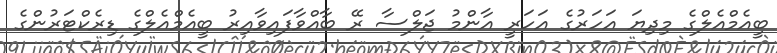
ބީއެމްއެލްގެ މިދިޔަ އަހަރުގެ އަހަރީ އާންމު ޖަލްސާ ރޭ ބާއްވާފައިވާއިރު ބީއެމްއެލްގެ ޑިރެކްޓަރުންގެ